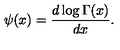
\psi ( x ) = \frac { d \log \Gamma ( x ) } { d x } .